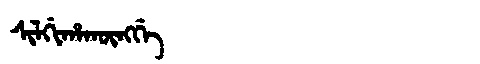
Manchu: ᠰᡳᠯᡤᡳᡥᠠᡴᡡᠩᡤᡝ
Romanization: SILGIHAKŪNGGE